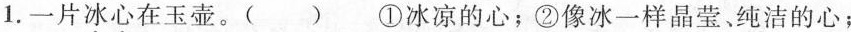
1.一片\underset{·}{冰\}underset{·}{心}在玉壶。( ) ①冰凉的心；②像冰一样晶莹。纯洁的心；